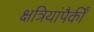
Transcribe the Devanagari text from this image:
क्षत्रियांपैकीं